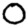
Digit: 0